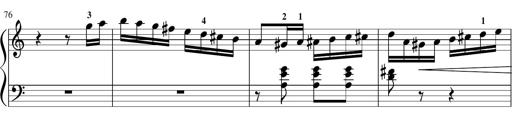
Title: Sonatina in G major
Composer: Friedrich Kuhlau
Key: G major